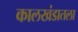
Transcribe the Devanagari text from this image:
कालखंडातला